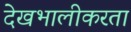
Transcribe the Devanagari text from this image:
देखभालीकरता